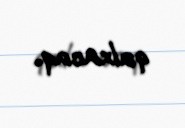
qalxacaq.